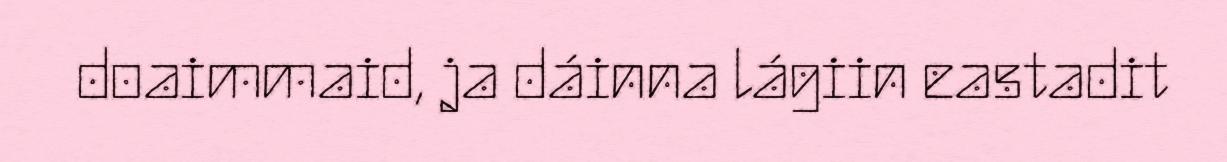
doaimmaid, ja dáinna lágiin eastadit